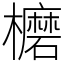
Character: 𣟖